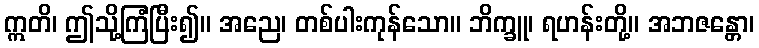
ဣတိ၊ ဤသို့ကြံပြီး၍။ အညေ၊ တစ်ပါးကုန်သော။ ဘိက္ခူ၊ ရဟန်းတို့။ အဘဇန္တော၊